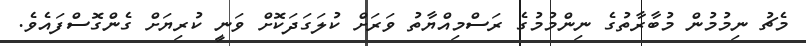
މެޗު ނިމުމުން މުބާރާތުގެ ނިންމުމުގެ ރަސްމިއްޔާތު ވަރަށް ކުލަގަދަކޮށް ވަނީ ކުރިޔަށް ގެންގޮސްފައެވެ.